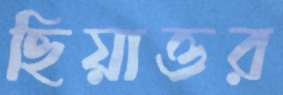
ছিয়াত্তর